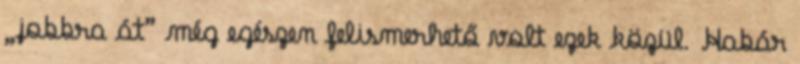
„jobbra át” még egészen felismerhető volt ezek közül. Habár